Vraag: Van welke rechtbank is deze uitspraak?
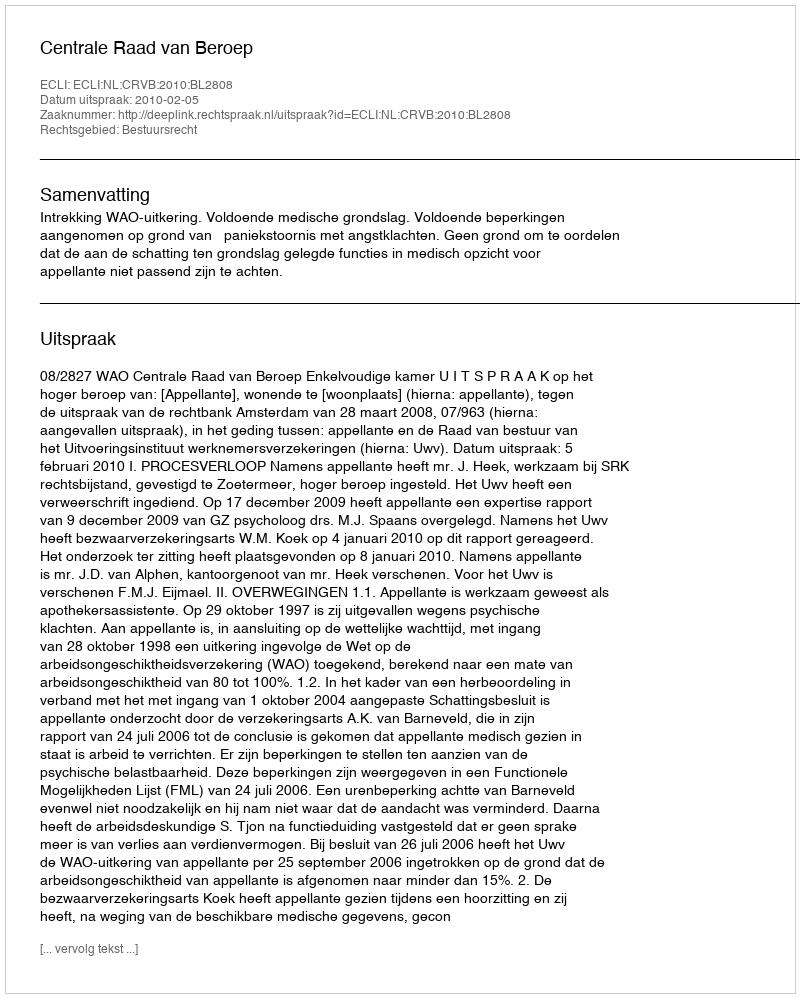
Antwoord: Centrale Raad van Beroep